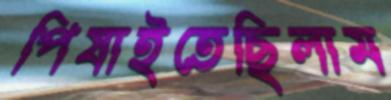
পিষাইতেছিলাম